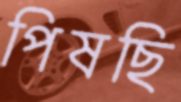
পিষছি